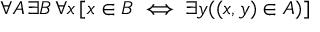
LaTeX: \forall A \, \exists B \, \forall x \, [ x \in B \iff \exists y ( ( x , y ) \in A ) ]